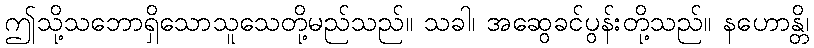
ဤသို့သဘောရှိသောသူသေတို့မည်သည်။ သခါ၊ အဆွေခင်ပွန်းတို့သည်။ နဟောန္တိ၊